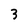
Character: 3